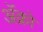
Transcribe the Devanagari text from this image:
अॅक्रो